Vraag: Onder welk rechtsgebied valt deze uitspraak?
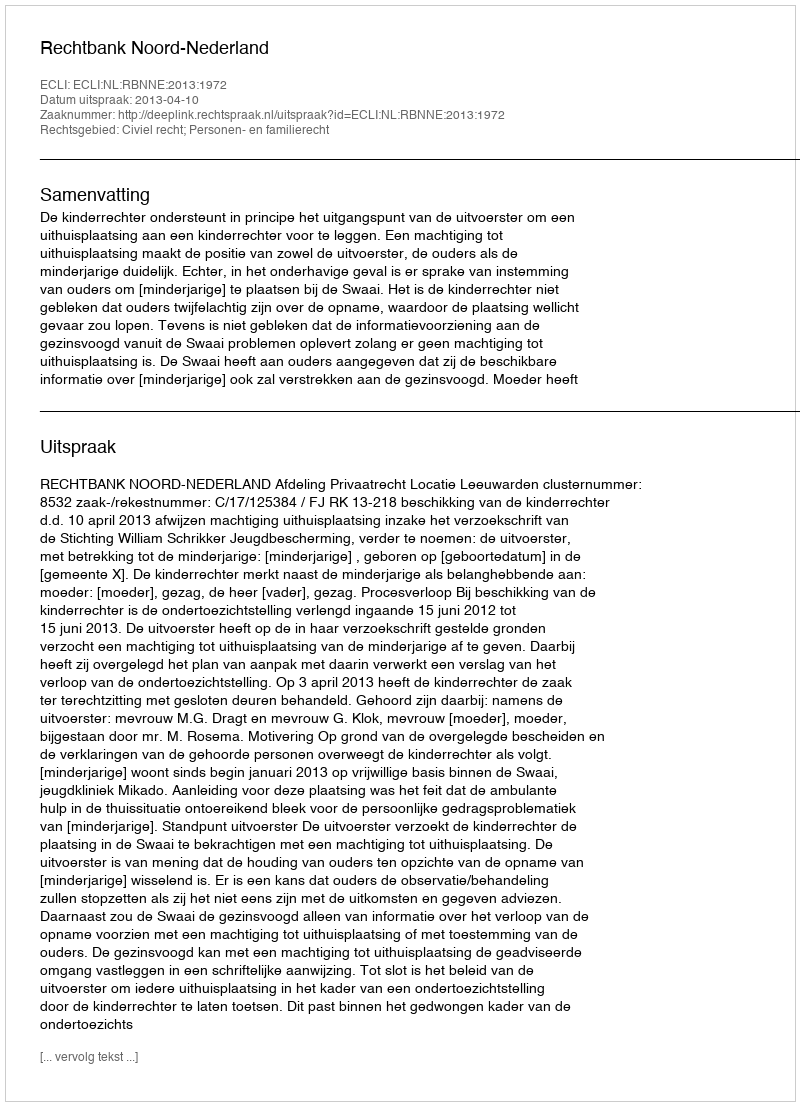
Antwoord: Civiel recht; Personen- en familierecht